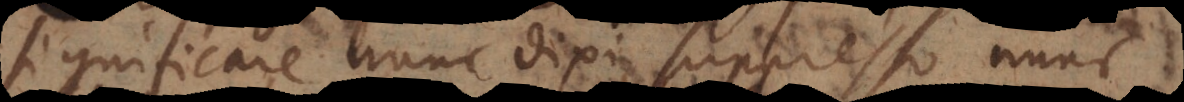
significare nunc dixi suppresso nunc.